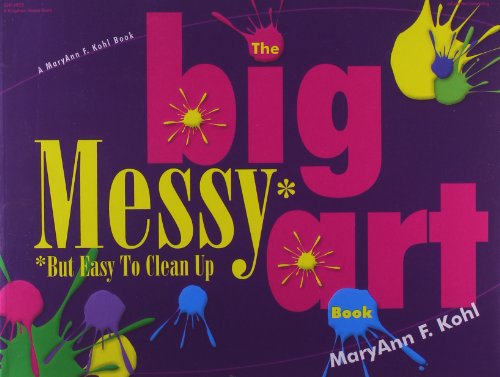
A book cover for The Big Messy* Art Book: *But Easy to Clean Up; MaryAnn F. Kohl; Self-Help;